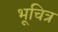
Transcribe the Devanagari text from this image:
भूचित्र